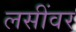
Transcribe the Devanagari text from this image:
लसींवर